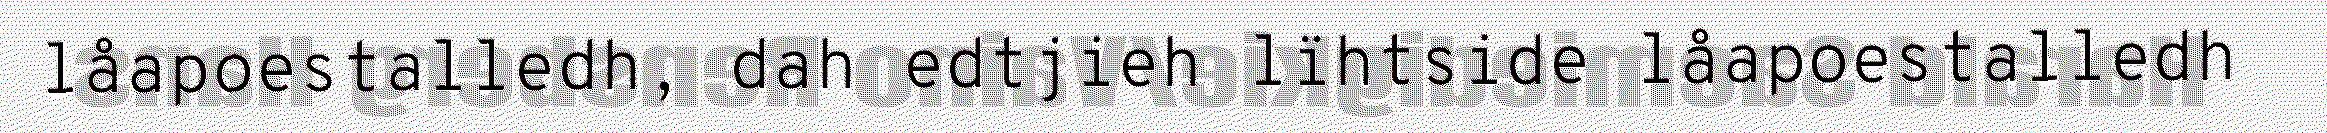
låapoestalledh, dah edtjieh lïhtside låapoestalledh